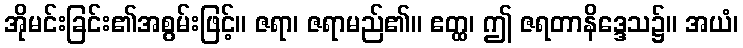
အိုမင်းခြင်း၏အစွမ်းဖြင့်။ ဇရာ၊ ဇရာမည်၏။ ဧတ္ထ၊ ဤ ဇရတာနိဒ္ဒေသ၌။ အယံ၊